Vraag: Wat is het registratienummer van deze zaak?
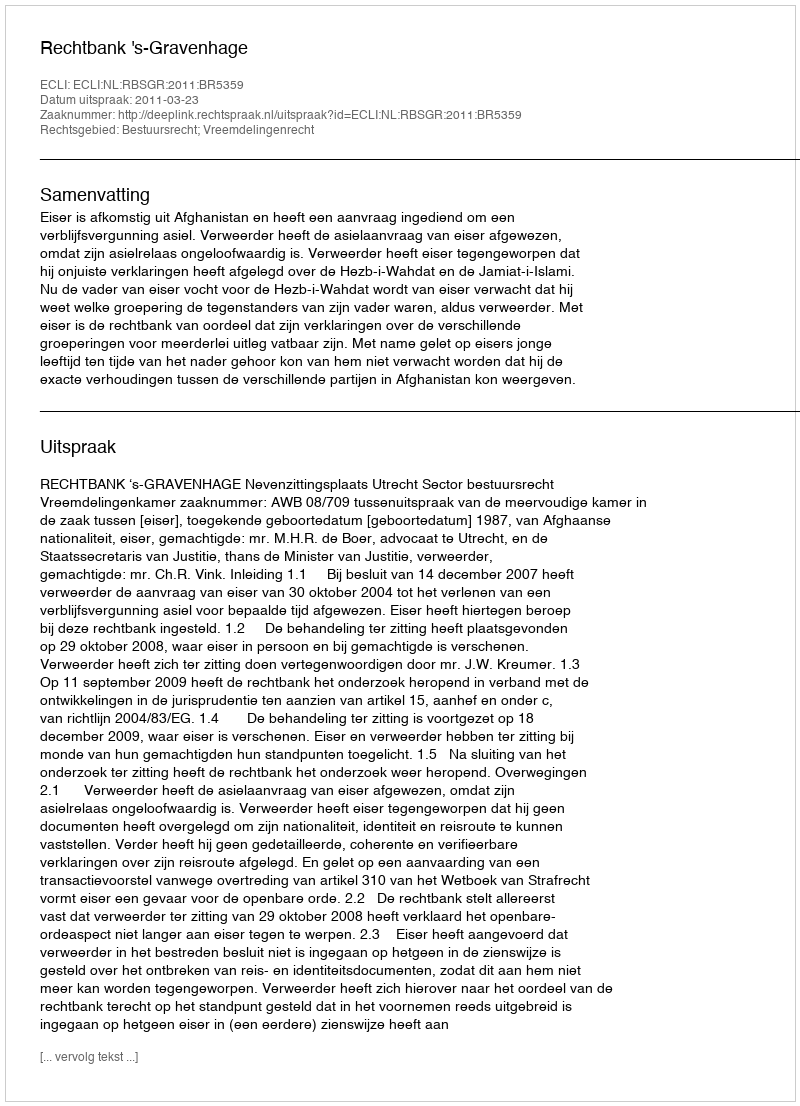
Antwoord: http://deeplink.rechtspraak.nl/uitspraak?id=ECLI:NL:RBSGR:2011:BR5359